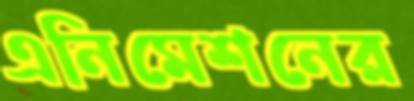
এনিমেশনের